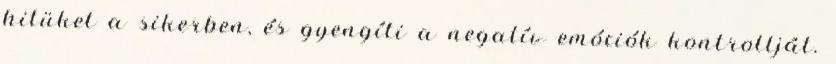
hitüket a sikerben, és gyengíti a negatív emóciók kontrollját.